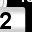
Digit: 2